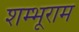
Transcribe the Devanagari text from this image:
शम्भूराम